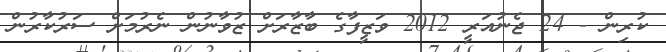
ކުރިން - 24 ޖެނުއަރީ 2012 ވަޒީފާގެ ބާޒާރަށް ޒުވާނުން ނެރުމަށް ސަރުކާރުން